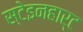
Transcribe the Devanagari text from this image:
स्टेइनहार्ट